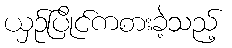
ယှဉ်ပြိုင်ကစားခဲ့သည့်